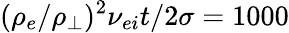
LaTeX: (\rho_{e}/\rho_{\perp})^{2}\nu_{ei}t/2\sigma=1000